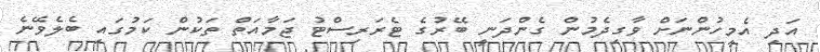
އަދި އެމީހުންނަށް ވާގިދެމުން ގެންދަނީ ބޭރުގެ ޓެރަރިސްޓު ޖަމާއަތް ތަކުން ކަމުގައި ބެލެވޭނެ